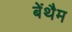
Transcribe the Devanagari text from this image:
बेंथैम